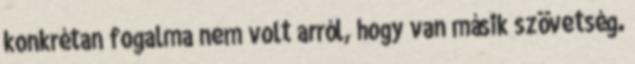
konkrétan fogalma nem volt arról, hogy van másik szövetség.